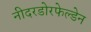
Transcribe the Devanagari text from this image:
नीदरडोरफेल्डेन